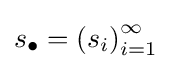
s_{\bullet }=\left(s_{i}\right)_{i=1}^{\infty }